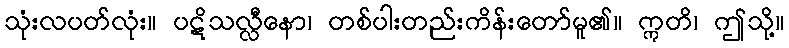
သုံးလပတ်လုံး။ ပဋိသလ္လီနော၊ တစ်ပါးတည်းကိန်းတော်မူ၏။ ဣတိ၊ ဤသို့။